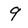
Character: 9